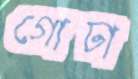
গোঢা